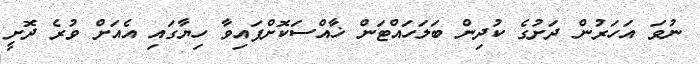
ނުވަ އަހަރުން ދަށުގެ ކުދިން ބަލަހައްޓަން ޚާއްސަކޮށްފައިވާ ހިޔާގައި އެއަށް ވުރެ ދޮށީ